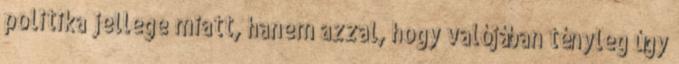
politika jellege miatt, hanem azzal, hogy valójában tényleg úgy